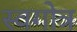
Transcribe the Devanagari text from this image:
स्वगोत्र